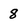
Character: 8